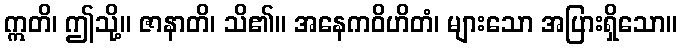
ဣတိ၊ ဤသို့။ ဇာနာတိ၊ သိ၏။ အနေကဝိဟိတံ၊ များသော အပြားရှိသော။